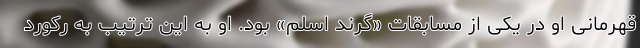
قهرمانی او در یکی از مسابقات «گرند اسلم» بود. او به این ترتیب به رکورد